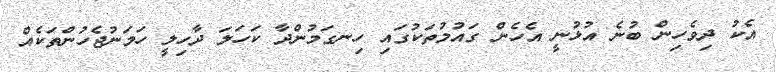
އެކު ދިވެހިން ބުނެ އުޅުނީ އެހެން ގައުމުތަކުގައި ހިނގަމުންދާ ކަހަލަ ދާހިލީ ހަމަނުޖެހުންތަކެއް